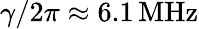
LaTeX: \gamma/2\pi\approx 6.1\, \mathrm{MHz}